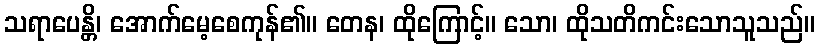
သရာပေန္တိ၊ အောက်မေ့စေကုန်၏။ တေန၊ ထိုကြောင့်။ သော၊ ထိုသတိကင်းသောသူသည်။